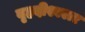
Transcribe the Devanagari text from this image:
बृहदीश्वरार